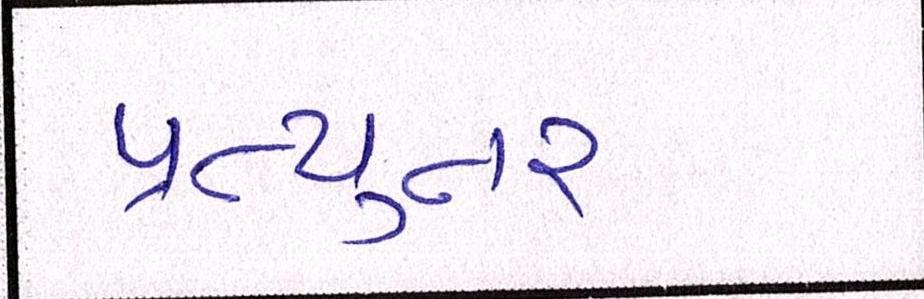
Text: પ્રત્યુતર